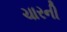
ચારની